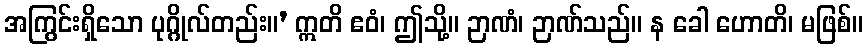
အကြွင်းရှိသော ပုဂ္ဂိုလ်တည်း။’ ဣတိ ဧဝံ၊ ဤသို့။ ဉာဏံ၊ ဉာဏ်သည်။ န ခေါ ဟောတိ၊ မဖြစ်။